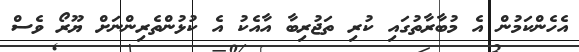
އެހެންކަމުން އެ މުބާރާތުގައި ކުރި ތަޖުރިބާ އާއެކު އެ ކުޅުންތެރިންނަށް ޔޫރޯ ވެސް